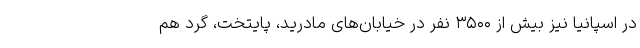
در اسپانیا نیز بیش از ۳۵۰۰ نفر در خیابان‌های مادرید، پایتخت، گرد هم